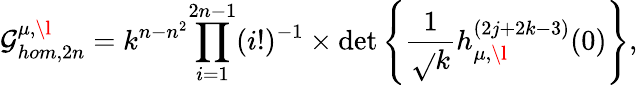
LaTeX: \mathcal{G}_{hom,2n}^{\mu,\l}=k^{n-n^{2}}{\prod_{i=1}^{2n-1}(i!)^{-1}}\times\operatorname*{det}\left\{ \frac{{1}}{{\sqrt{}{{k}}}}h_{\mu,\l}^{(2j+2k-3)}(0)\right\} ,